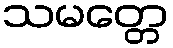
သမတ္တေ